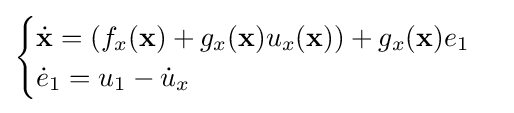
{\begin{cases}{\dot {\mathbf {x} }}=(f_{x}(\mathbf {x} )+g_{x}(\mathbf {x} )u_{x}(\mathbf {x} ))+g_{x}(\mathbf {x} )e_{1}\\{\dot {e}}_{1}=u_{1}-{\dot {u}}_{x}\end{cases}}